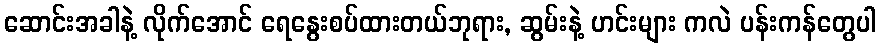
ဆောင်းအခါနဲ့ လိုက်အောင် ရေနွေးစပ်ထားတယ်ဘုရား, ဆွမ်းနဲ့ ဟင်းများ ကလဲ ပန်းကန်တွေပါ